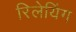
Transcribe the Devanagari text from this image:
रिलेयिंग